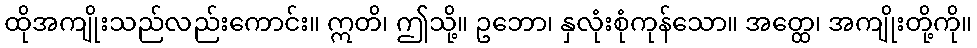
ထိုအကျိုးသည်လည်းကောင်း။ ဣတိ၊ ဤသို့။ ဥဘော၊ နှလုံးစုံကုန်သော။ အတ္ထေ၊ အကျိုးတို့ကို။